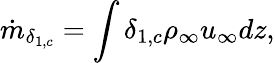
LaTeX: \dot{m}_{\delta_{1,c}}=\int\delta_{1,c}\rho_{\infty}u_{\infty}dz,